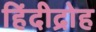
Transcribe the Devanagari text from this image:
हिंदीद्रोह